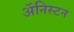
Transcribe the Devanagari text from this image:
ॲनिस्टन